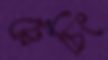
ট্রেচিং